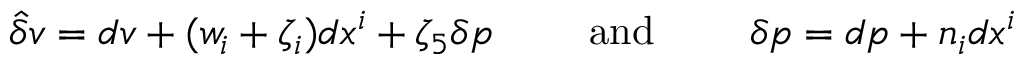
\hat { \delta } v = d v + ( w _ { i } + \zeta _ { i } ) d x ^ { i } + \zeta _ { 5 } \delta p \qquad \mathrm { ~ a n d ~ } \qquad \delta p = d p + n _ { i } d x ^ { i }